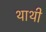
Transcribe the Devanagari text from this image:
थाथी